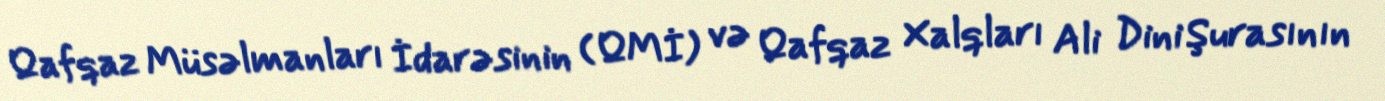
Qafqaz Müsəlmanları İdarəsinin (QMİ) və Qafqaz Xalqları Ali Dini Şurasının